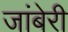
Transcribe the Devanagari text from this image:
जांबेरी